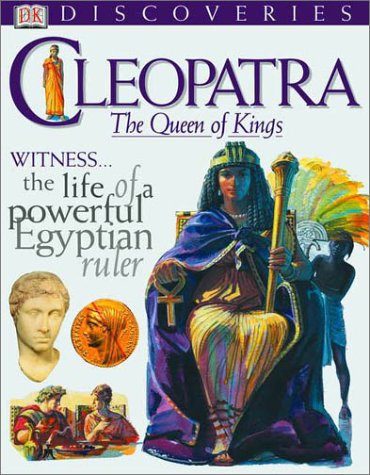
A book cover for DK Discoveries: Cleopatra: The Queen of Kings (DK Discoveries); Fiona MacDonald; Children's Books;